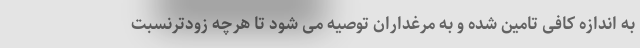
به اندازه کافی تامین شده و به مرغداران توصیه می شود تا هرچه زودترنسبت